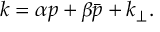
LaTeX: k = \alpha p + \beta \bar { p } + k _ { \perp } .